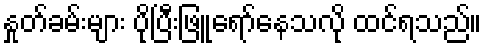
နှုတ်ခမ်းများ ပိုပြီးဖြူရော်နေသလို ထင်ရသည်။